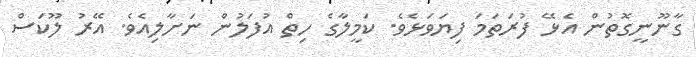
ގާނޫނީގޮތުން އެޅޭ ފުރަތަމަ ފިޔަވަޅެވެ. ކަމީލާގެ ހިތް އުފަލުން ނަށާލިއެވެ. އޭރު ލޫކަސް